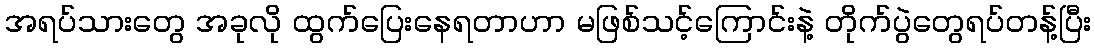
အရပ်သားတွေ အခုလို ထွက်ပြေးနေရတာဟာ မဖြစ်သင့်ကြောင်းနဲ့ တိုက်ပွဲတွေရပ်တန့်ပြီး